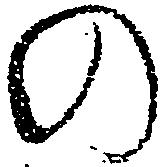
の